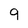
Character: 9